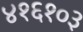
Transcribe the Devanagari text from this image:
४१६१०३